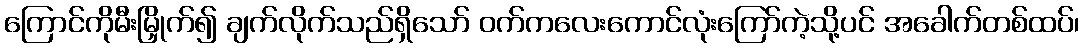
ကြောင်ကိုမီးမြှိုက်၍ ချက်လိုက်သည်ရှိသော် ဝက်ကလေးကောင်လုံးကြော်ကဲ့သို့ပင် အခေါက်တစ်ထပ်၊